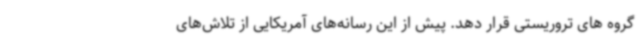
گروه های تروریستی قرار دهد. پیش از این رسانه‌های آمریکایی از تلاش‌های